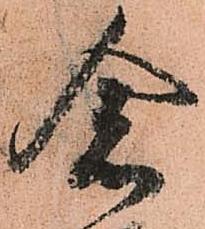
念